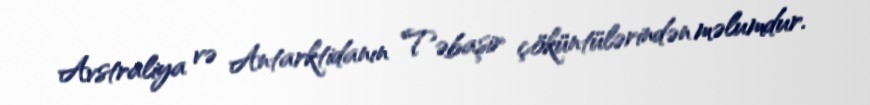
Avstraliya və Antarktidanın Təbaşir çöküntülərindən məlumdur.